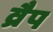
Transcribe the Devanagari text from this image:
व्रैप